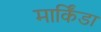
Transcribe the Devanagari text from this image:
मार्किंडा